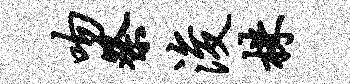
吻祭浚株